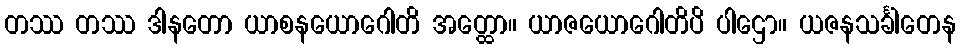
တဿ တဿ ဒါနတော ယာစနယောဂေါတိ အတ္ထော။ ယာဇယောဂေါတိပိ ပါဌော။ ယဇနသင်္ခါတေန